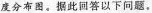
度分布图。据此回答以下问题。